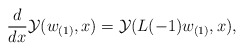
\begin{align*}{d\over dx}{\cal Y}(w_{(1)},x) = {\cal Y}(L(-1)w_{(1)},x),\end{align*}